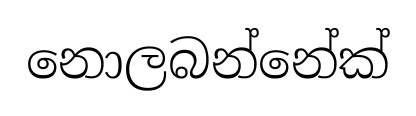
නොලබන්නේක්